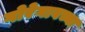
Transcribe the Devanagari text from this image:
गोरेगावच्या